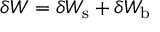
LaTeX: \delta W = \delta W _ { \mathrm { s } } + \delta W _ { \mathrm { b } }